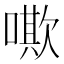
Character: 𠿁